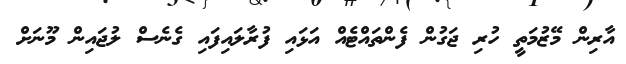
އާރިން މޭޒުމަތީ ހުރި ޖަގުން ފެންތައްޓެއް އަޅައި ފުރާލައިފައި ގެނެސް ލުޖައިން މޫނަށް